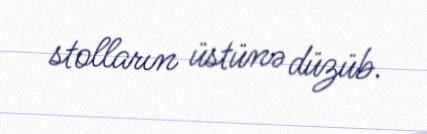
stolların üstünə düzüb.